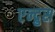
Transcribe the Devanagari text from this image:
एन्द्रुस